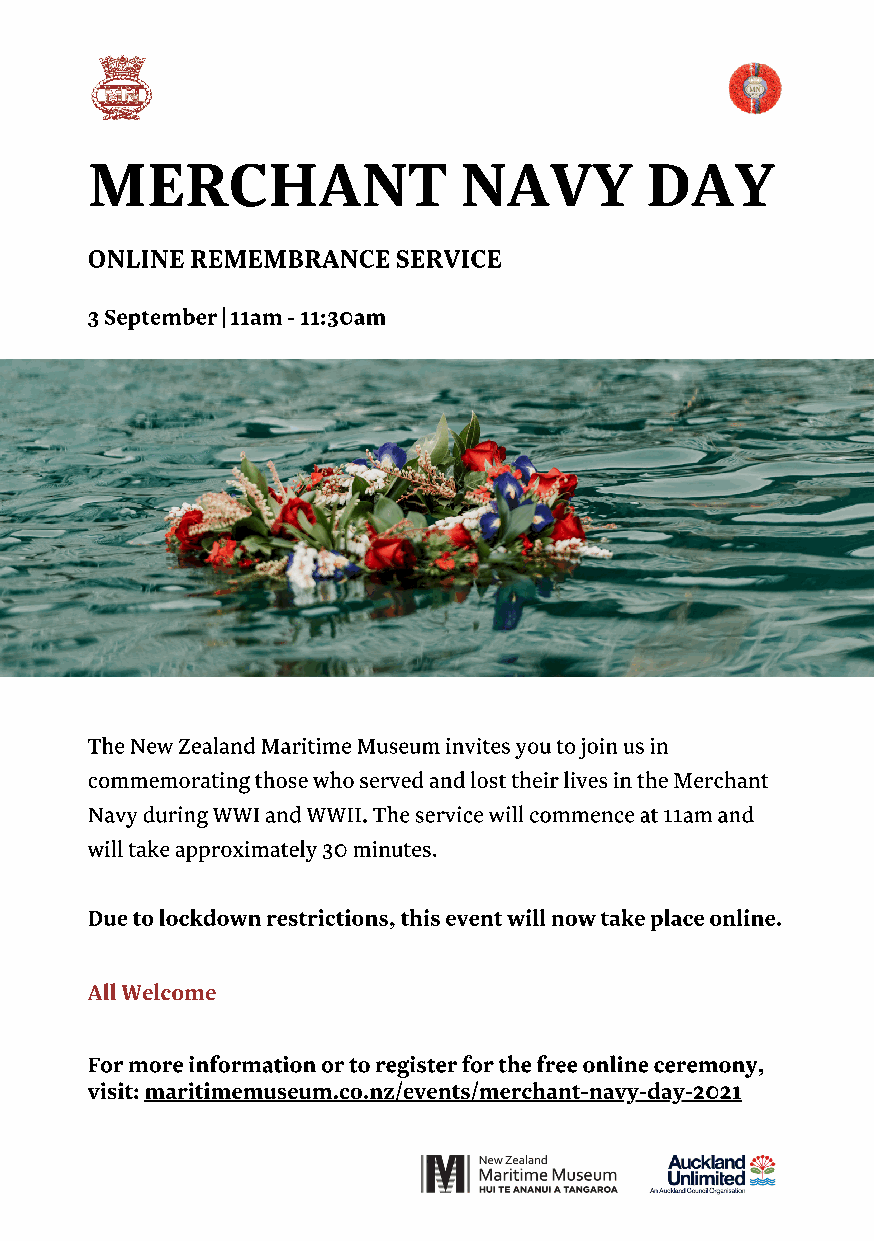
MERCHANT                NAVY         DAY
 ONLINE REMEMBRANCE  SERVICE
 3 September | 11am - 11:30am
 The New Zealand Maritime Museum invites you to join us in
 commemorating those who served and lost their lives in the Merchant
 Navy during WWI and WWII. The service will commence at 11am and
 will take approximately 30 minutes.
 Due to lockdown restrictions, this event will now take place online.
 All Welcome
 For more information or to register for the free online ceremony,
 visit: maritimemuseum.co.nz/events/merchant-navy-day-2021